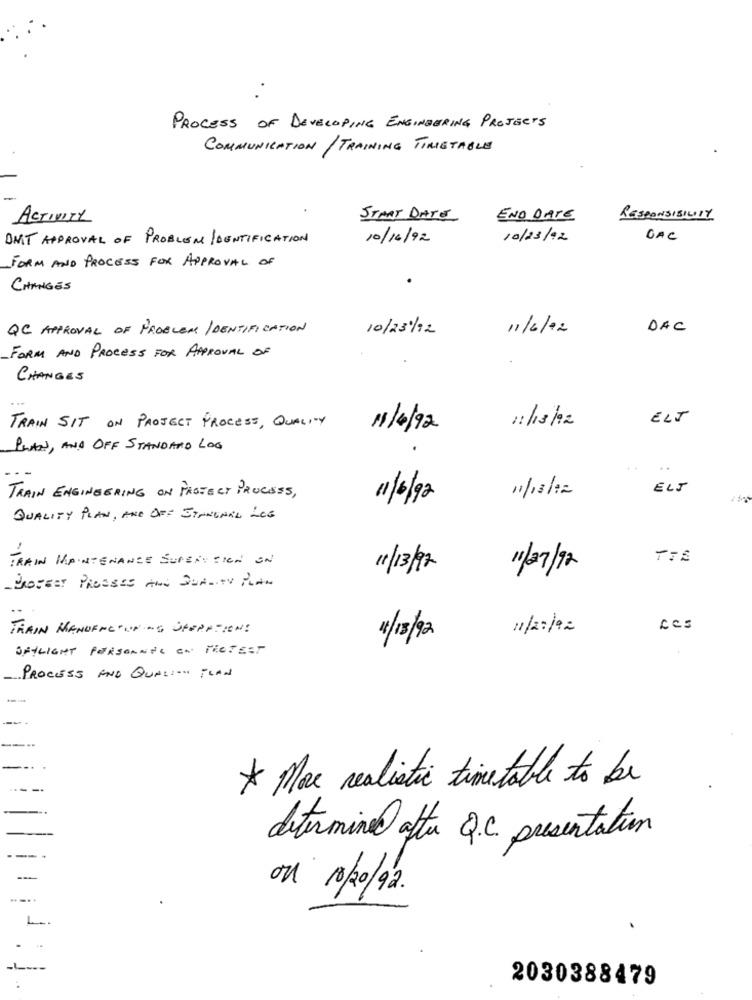
PROCESS OF DEVELOPING ENGINEERING PROJECTS
COMMUNICATION / TRAINING TIMETABLE
ACTIVITY
START DATE
END DATE
RESPONSIBILITY
DMT APPROVAL OF PROBLEM IDENTIFICATION
10/16/92
10/23/12
GAC
FORM AND PROCESS FOR APPROVAL OF
CHANGES
QC APPROVAL OF PROBLEM IDENTIFICATION
10/231/12
DAC
11/6/2
FORM AND PROCESS FOR APPROVAL OF
CHANGES
11/18/12
ELT
TRAIN SIT ON PROJECT PROCESS, QUALITY
11/4/92
PLAN, AND OFF STANDARD LOG
ELJ
TRAIN ENGINEERING ON PROTECT PROCESS,
11/6/92
11/18/12
QUALITY PLAN, AND OFF JIANGNAL LOG
TRAIN MAINTENANCE SUPERYSIGN ON
TIE
11/13/97
11/27/92
- PROFEET PRESSES AND QUALITY PLAN
TRAIN MANUFACTUN OG SPERPTION!
11/27/92
ces
4/18/92
DAYLIGHT PERSONNEL ON THETEST
PROCESS AND QUALITY THAN
* More realistic timetable to be
determined after Q.C. presentation
-
--
ou 10/20/92 .
2030388479